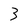
Character: 3